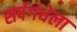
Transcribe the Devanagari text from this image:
सर्पगंधेला